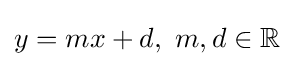
y=mx+d,\ m,d\in \mathbb {R}